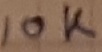
Text: 10K